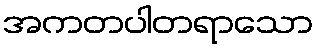
အကတပါတရာသော